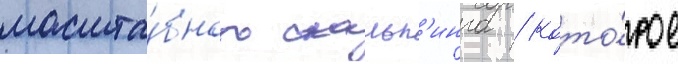
масшта́бного скальп'инга / кото́рое